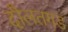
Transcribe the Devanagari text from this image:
दौलतगड